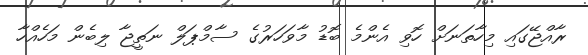
ރާއްޖޭގައި މިހާތަނަށް ހޮވި އެންމެ ބޮޑު މާވަހަރުގެ ސާމްޕަލް ނަތީޖާ ލިބެން މަހެއްހާ